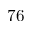
7 6